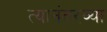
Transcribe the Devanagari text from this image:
त्यानंतरव्या